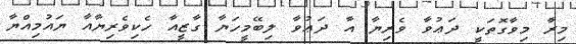
މިރާު މިވާގޮތަކީ ދަޢުވާ ވެރިޔާ އާ ދަޢުވާ ލިބޭމީހަޔާ ގާޒީއާ ހެކިވެރިޔާއާ ޔައުމިއްޔާ